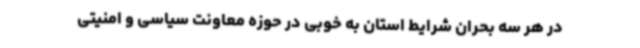
در هر سه بحران شرایط استان به خوبی در حوزه معاونت سیاسی و امنیتی